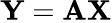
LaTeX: {\mathbf Y}={\mathbf A}{\mathbf X}